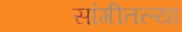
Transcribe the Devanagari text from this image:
सांगीतल्या